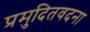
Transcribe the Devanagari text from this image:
प्रमुदितवदना